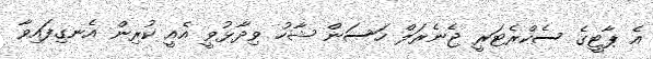
އެ ޕާޓީގެ ސެކްރެޓަރީ ޖެނެރަލް ހަސަން ޝާހު ވިދާޅުވީ އެއީ ކުރިން އެނގިފައިވާ